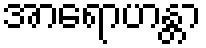
အာရောဟန္တာ